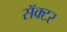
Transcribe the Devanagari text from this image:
सॅक्टर